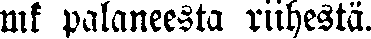
mk palaneesta riihestä.